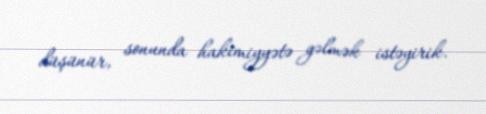
düşünür, sonunda hakimiyyətə gəlmək istəyirik.